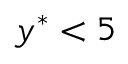
y ^ { * } < 5